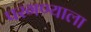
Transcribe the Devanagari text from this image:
परगण्याला